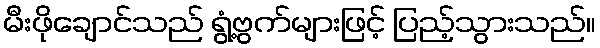
မီးဖိုချောင်သည် ရွံ့ဗွက်များဖြင့် ပြည့်သွားသည်။